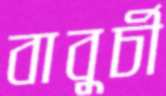
বাবুর্চী